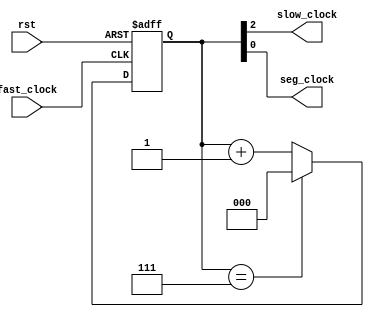
module clock_divider(
input fast_clock,
input rst,

output slow_clock,
output seg_clock
);

parameter COUNTER_SIZE = 3; //Estaba en 24 para subir al FPGA
parameter COUNTER_MAX = (2**COUNTER_SIZE)-1;

reg [COUNTER_SIZE-1:0] count;

always@(posedge fast_clock or negedge rst)
begin
	if(!rst)
		count <= 0;
	else
		begin
			if(count==COUNTER_MAX)
				count <= 0;
			else
				count <= count + 1'b1;
		end
end

assign slow_clock = count[COUNTER_SIZE-1];
assign seg_clock	= count[COUNTER_SIZE-3]; //Restarle 10 para subir al FPGA

endmodule